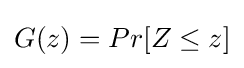
G(z)=Pr[Z\leq z]